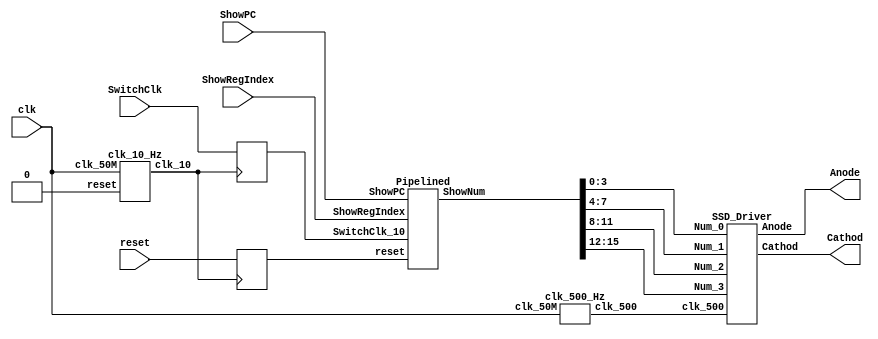
`timescale 1ns / 1ps
//////////////////////////////////////////////////////////////////////////////////
// Company: 
// Engineer: 
// 
// Design Name: 
// Module Name:    Pipelined_SSD 
// Project Name: 
// Target Devices: 
// Tool versions: 
// Description: 
//
// Dependencies: 
//
// Revision: 
// Revision 0.01 - File Created
// Additional Comments: 
//
//////////////////////////////////////////////////////////////////////////////////
module Pipelined_SSD(Cathod, Anode, clk, SwitchClk, ShowRegIndex, ShowPC, reset);
	input clk, SwitchClk, ShowPC, reset;
	input [4:0] ShowRegIndex;
	output [6:0] Cathod;
	output [3:0] Anode;
	
	wire [6:0] Cathod;
	wire [3:0] Anode;
	wire clk_10, clk_500;
	wire [31:0] ShowNum;
	reg SwitchClk_10;
	reg reset_10;
	
	clk_10_Hz M_clk_10 (clk, clk_10, 1'b0);
	clk_500_Hz M_clk_500 (clk, clk_500);
	
	always @ (posedge clk_10) begin  //synchronizer
		SwitchClk_10 <= SwitchClk;
		reset_10 <= reset;
	end
	
	Pipelined M_Pipelined(ShowNum, SwitchClk_10, ShowRegIndex, ShowPC, reset_10);
	SSD_Driver M_SSD(ShowNum[3:0], ShowNum[7:4], ShowNum[11:8], ShowNum[15:12], Cathod, Anode, clk_500);
endmodule 

//////////////////////////////////////////////////////////////////////////////////

module Pipelined(ShowNum, SwitchClk_10, ShowRegIndex, ShowPC, reset);
	input SwitchClk_10, ShowPC, reset;
	input [4:0] ShowRegIndex;
	output [31:0] ShowNum;
	//output [31:0] IFID_Instruction;
	
	wire [31:0] ShowNum, PCAddFour, Instruction, ReadData1, ReadData2, Immediate_32, ShowRegOut, WriteData;
	wire [31:0] BranchAddr, ALUResult, ReadData2toEXMEM, MemData;
	wire [27:0] JumpAddr_28; 
	wire PCWrite, BranchMuxSignal, RegWrite, MemtoReg, Branch, BranchN, MemWrite, MemRead, Jump, RegDst, ALUSrc;
	wire IFIDWrite, IDEXFlush1, Zero, IFIDFlush, IDEXFlush2, EXMEMFlush; 
	wire [1:0] ALUOp; 
	wire [4:0] RegDstAddr;
	reg [31:0] IFID_PC, IFID_Instruction, IDEX_JumpAddr, IDEX_PC, IDEX_ReadData1, IDEX_ReadData2, IDEX_Immediate_32;
	reg [31:0] EXMEM_JumpAddr, EXMEM_BranchAddr, EXMEM_ALUResult, EXMEM_ReadData2, MEMWB_MemData, MEMWB_ALUData;
	reg [1:0] IDEX_WB, EXMEM_WB, MEMWB_WB;
	reg [4:0] IDEX_MEM, IDEX_Rt, IDEX_Rd, IDEX_Rs, EXMEM_MEM, EXMEM_RegDst, MEMWB_RegDst;
	reg [3:0] IDEX_EX;
	reg EXMEM_Zero;
	
	IFStage M_IF(PCAddFour, Instruction, PCWrite, EXMEM_MEM[0], EXMEM_JumpAddr, BranchMuxSignal, EXMEM_BranchAddr, SwitchClk_10, reset);
	IDStage M_ID(JumpAddr_28, RegWrite, MemtoReg, Branch, BranchN, MemWrite, MemRead, Jump, RegDst, ALUSrc, ALUOp, ReadData1, ReadData2, Immediate_32, PCWrite, IFIDWrite, IDEXFlush1, ShowRegOut, IFID_Instruction, MEMWB_RegDst, WriteData, MEMWB_WB[1], IDEX_Rt, IDEX_MEM[1], SwitchClk_10, reset, ShowRegIndex);
	EXStage M_EX(BranchAddr, Zero, ALUResult, ReadData2toEXMEM, RegDstAddr, IDEX_PC, IDEX_ReadData1, IDEX_ReadData2, IDEX_Immediate_32, IDEX_Rt, IDEX_Rd, IDEX_Rs, WriteData, EXMEM_ALUResult, EXMEM_RegDst, EXMEM_WB[1], MEMWB_RegDst, MEMWB_WB[1], IDEX_EX);
	MEMStage M_MEM(IFIDFlush, IDEXFlush2, EXMEMFlush, MemData, BranchMuxSignal, EXMEM_MEM, EXMEM_Zero, EXMEM_ALUResult, EXMEM_ReadData2, WriteData, EXMEM_RegDst, MEMWB_WB[0], MEMWB_RegDst, SwitchClk_10, reset);
	WBStage M_WB(WriteData, MEMWB_MemData, MEMWB_ALUData, MEMWB_WB[0]);
	
	always @(posedge SwitchClk_10, posedge reset) begin
		if (reset==1) begin
			IFID_PC<=0;
			IFID_Instruction<=0;
		end
		else if (IFIDFlush==1) begin
			IFID_PC<=0;
			IFID_Instruction<=0;
		end
		else if (IFIDWrite==0) begin
			IFID_PC<=IFID_PC;
			IFID_Instruction<=IFID_Instruction;
		end
		else begin
			IFID_PC<=PCAddFour;
			IFID_Instruction<=Instruction;
		end
	end
	
	always @(posedge SwitchClk_10, posedge reset) begin
		if (reset==1) begin
			IDEX_JumpAddr<=0; 
			IDEX_PC<=0;
			IDEX_ReadData1<=0;
			IDEX_ReadData2<=0;
			IDEX_Immediate_32<=0;
			IDEX_WB<=0;
			IDEX_MEM<=0; 
			IDEX_Rt<=0; 
			IDEX_Rd<=0; 
			IDEX_Rs<=0;
			IDEX_EX<=0;
		end
		else if (IDEXFlush1==1) begin
			IDEX_JumpAddr<=0; 
			IDEX_PC<=0;
			IDEX_ReadData1<=0;
			IDEX_ReadData2<=0;
			IDEX_Immediate_32<=0;
			IDEX_WB<=0;
			IDEX_MEM<=0; 
			IDEX_Rt<=0; 
			IDEX_Rd<=0; 
			IDEX_Rs<=0;
			IDEX_EX<=0;
		end
		else if (IDEXFlush2==1) begin
			IDEX_JumpAddr<=0; 
			IDEX_PC<=0;
			IDEX_ReadData1<=0;
			IDEX_ReadData2<=0;
			IDEX_Immediate_32<=0;
			IDEX_WB<=0;
			IDEX_MEM<=0; 
			IDEX_Rt<=0; 
			IDEX_Rd<=0; 
			IDEX_Rs<=0;
			IDEX_EX<=0;
		end
		else begin
			IDEX_JumpAddr<={IFID_PC[31:20], JumpAddr_28}; 
			IDEX_PC<=IFID_PC;
			IDEX_ReadData1<=ReadData1;
			IDEX_ReadData2<=ReadData2;
			IDEX_Immediate_32<=Immediate_32;
			IDEX_WB<={RegWrite, MemtoReg};
			IDEX_MEM<={Branch, BranchN, MemWrite, MemRead, Jump}; 
			IDEX_Rt<=IFID_Instruction[20:16]; 
			IDEX_Rd<=IFID_Instruction[15:11]; 
			IDEX_Rs<=IFID_Instruction[25:21];
			IDEX_EX<={RegDst, ALUSrc, ALUOp};
		end
	end
	
	always @(posedge SwitchClk_10, posedge reset) begin
		if (reset==1) begin
			EXMEM_JumpAddr<=0; 
			EXMEM_BranchAddr<=0; 
			EXMEM_ALUResult<=0; 
			EXMEM_ReadData2<=0;
			EXMEM_WB<=0;
			EXMEM_MEM<=0; 
			EXMEM_RegDst<=0;
			EXMEM_Zero<=0;
		end
		else if (EXMEMFlush==1) begin
			EXMEM_JumpAddr<=0; 
			EXMEM_BranchAddr<=0; 
			EXMEM_ALUResult<=0; 
			EXMEM_ReadData2<=0;
			EXMEM_WB<=0;
			EXMEM_MEM<=0; 
			EXMEM_RegDst<=0;
			EXMEM_Zero<=0;
		end
		else begin
			EXMEM_JumpAddr<=IDEX_JumpAddr;
			EXMEM_BranchAddr<=BranchAddr; 
			EXMEM_ALUResult<=ALUResult;
			EXMEM_ReadData2<=ReadData2toEXMEM;
			EXMEM_WB<=IDEX_WB;
			EXMEM_MEM<=IDEX_MEM; 
			EXMEM_RegDst<=RegDstAddr;
			EXMEM_Zero<=Zero; 
		end
	end
	
	always @(posedge SwitchClk_10, posedge reset) begin
		if (reset==1) begin
			MEMWB_MemData<=0;
			MEMWB_ALUData<=0;
			MEMWB_WB<=0;
			MEMWB_RegDst<=0;
		end
		else begin
			MEMWB_MemData<=MemData;
			MEMWB_ALUData<=EXMEM_ALUResult;
			MEMWB_WB<=EXMEM_WB;
			MEMWB_RegDst<=EXMEM_RegDst;
		end
	end
	
	ChooseOutput M_Output(ShowNum, PCAddFour-4, ShowRegOut, ShowPC);
endmodule

/////////////////////////////////////////////////////////////////////////////
//*************************************************************************//
/////////////////////////////////////////////////////////////////////////////

module IFStage(PCAddFour, Instruction, PCWrite, Jump, JumpAddress, Branch, BranchAddress, clock, reset);
	input PCWrite, Jump, Branch, clock, reset;
	input [31:0] JumpAddress, BranchAddress;
	output [31:0] PCAddFour, Instruction;
	
	wire [31:0] PCAddFour, Instruction, PCIn, BranchOut;
	reg [31:0] PCOut=0; 
	
	always @(posedge clock, posedge reset) begin
		if(reset==1) PCOut<=0;
		else if(PCWrite==0) PCOut<=PCOut;
		else PCOut<=PCIn;
	end
	
	InstructionMemory M_Imemory(Instruction, PCOut);
	AddFour M_AddFour(PCAddFour, PCOut);
	Mux_32bit_2to1 M_Mux_Branch(BranchOut, PCAddFour, BranchAddress, Branch);
	Mux_32bit_2to1 M_Mux_Jump(PCIn, BranchOut, JumpAddress, Jump);
endmodule

/////////////////////////////////////////////////////////////////////////////

module IDStage(JumpAddr_28, RegWrite, MemtoReg, Branch, BranchN, MemWrite, MemRead, Jump, RegDst, ALUSrc, ALUOp, ReadData1, ReadData2, Immediate_32, PCWrite, IFID_Write, IDEX_Flush1, ShowRegOut, Instruction, WriteReg, WriteData, MEMWB_RegWrite, IDEX_Rt, IDEX_MemRead, clock, reset, ShowRegIndex);
	input MEMWB_RegWrite, IDEX_MemRead, clock, reset;
	input [31:0] Instruction, WriteData;
	input [4:0] IDEX_Rt, WriteReg, ShowRegIndex;
	output [27:0] JumpAddr_28;
	output RegWrite, MemtoReg, Branch, BranchN, MemWrite, MemRead, Jump, RegDst, ALUSrc, PCWrite, IFID_Write, IDEX_Flush1;
	output [1:0] ALUOp;
	output [31:0] ReadData1, ReadData2, Immediate_32, ShowRegOut;
	
	wire [27:0] JumpAddr_28;
	wire RegWrite, MemtoReg, Branch, BranchN, MemWrite, MemRead, Jump, RegDst, ALUSrc, PCWrite, IFID_Write, IDEX_Flush1, Andi;
	wire [1:0] ALUOp;
	wire [31:0] ReadData1, ReadData2, Immediate_32, ShowRegOut, Immediate_Zero, Immediate_Sign;
	
	RegisterFile M_RegFile(ReadData1,ReadData2,ShowRegOut,Instruction[25:21],Instruction[20:16],WriteReg,WriteData,MEMWB_RegWrite,clock,ShowRegIndex, reset);
	Control M_Control(RegDst, Jump, Branch, BranchN, MemRead, MemtoReg, ALUOp, MemWrite, ALUSrc, RegWrite, Andi, Instruction[31:26]);
	ZeroExtend M_ZeroExtend(Immediate_Zero, Instruction[15:0]);
	SignExtend M_SignExtend(Immediate_Sign, Instruction[15:0]);
	Mux_32bit_2to1 M_Mux_Addi(Immediate_32, Immediate_Sign, Immediate_Zero, Andi);
	ShiftLeftTwo_26to28 M_Shift_Jump(JumpAddr_28, Instruction[25:0]);
	LoadUseHazardDetectionUnit M_LoadUse(PCWrite, IFID_Write, IDEX_Flush1, Instruction[31:26], Instruction[25:21], Instruction[20:16], IDEX_MemRead, IDEX_Rt);
endmodule

/////////////////////////////////////////////////////////////////////////////

module EXStage(BranchAddr, Zero, ALUResult, ReadData2, RegDst, IDEX_PC, IDEX_ReadData1, IDEX_ReadData2, IDEX_Immediate_32, IDEX_Rt, IDEX_Rd, IDEX_Rs, WriteData, EXMEM_ALUResult, EXMEM_RegDst, EXMEM_RegWrite, MEMWB_RegDst, MEMWB_RegWrite, IDEX_EX);
	input [31:0] IDEX_PC, IDEX_ReadData1, IDEX_ReadData2, IDEX_Immediate_32, WriteData, EXMEM_ALUResult;
	input [4:0] IDEX_Rt, IDEX_Rd, IDEX_Rs, EXMEM_RegDst, MEMWB_RegDst;
	input [3:0] IDEX_EX;
	input EXMEM_RegWrite, MEMWB_RegWrite;
	output [31:0] BranchAddr, ALUResult, ReadData2;
	output Zero;
	output [4:0] RegDst;
	
	wire [31:0] BranchAddr, ALUResult, ReadData2, BranchOffset, ALUInput1, ALUInput2;
	wire Zero;
	wire [4:0] RegDst;
	wire [1:0] ForwardA, ForwardB;
	wire [3:0] ALUControlSignal;
	
	Mux_5bit_2to1 M_Mux_RegDst(RegDst, IDEX_Rt, IDEX_Rd, IDEX_EX[3]);
	ForwardingUnit M_Forward(ForwardA, ForwardB, IDEX_Rs, IDEX_Rt, EXMEM_RegDst, EXMEM_RegWrite, MEMWB_RegDst, MEMWB_RegWrite);
	Alucontrol M_Alucontrol(ALUControlSignal,IDEX_EX[1:0],IDEX_Immediate_32[5:0]);
	ShiftLeftTwo_32to32 M_Shift_Immediate(BranchOffset, IDEX_Immediate_32);
	Adder_32bit M_Adder(BranchAddr, IDEX_PC, BranchOffset);
	Mux_32bit_3to1 M_Mux_ForwardA(ALUInput1, IDEX_ReadData1, WriteData, EXMEM_ALUResult, ForwardA);
	Mux_32bit_3to1 M_Mux_ForwardB(ReadData2, IDEX_ReadData2, WriteData, EXMEM_ALUResult, ForwardB);
	Mux_32bit_2to1 M_Mux_ALUSrc(ALUInput2, IDEX_Immediate_32, ReadData2, IDEX_EX[2]);
	ALU M_ALU(ALUResult,Zero,ALUControlSignal,ALUInput1,ALUInput2);
endmodule

/////////////////////////////////////////////////////////////////////////////

module MEMStage(IFIDFlush, IDEXFlush2, EXMEMFlush, MemData, BranchMuxSignal, EXMEM_MEM, EXMEM_Zero, EXMEM_ALUResult, EXMEM_ReadData2, WriteData, EXMEM_RegDst, MEMWB_MemtoReg, MEMWB_RegDst, clock, reset);
	input [4:0] EXMEM_MEM;
	input EXMEM_Zero, MEMWB_MemtoReg, clock, reset;
	input [31:0] EXMEM_ALUResult, EXMEM_ReadData2, WriteData;
	input [4:0] EXMEM_RegDst, MEMWB_RegDst;
	output IFIDFlush, IDEXFlush2, EXMEMFlush, BranchMuxSignal;
	output [31:0] MemData;
	
	wire IFIDFlush, IDEXFlush2, EXMEMFlush, ForwardC;
	wire [31:0] MemData, MemWriteData;
	
	BrenchDetection M_BranchDetection(BranchMuxSignal, EXMEM_MEM[4], EXMEM_MEM[3], EXMEM_Zero);
	ControlHazardDetectionUnit M_ControlHazard(IFIDFlush, IDEXFlush2, EXMEMFlush, BranchMuxSignal, EXMEM_MEM[0]);
	LoadStoreHazardDetectionUnit M_LoadStore(ForwardC, EXMEM_MEM[2], EXMEM_RegDst, MEMWB_MemtoReg, MEMWB_RegDst);
	Mux_32bit_2to1 M_Mux_WriteData(MemWriteData, EXMEM_ReadData2, WriteData, ForwardC);
	DataMemory M_Dmemory(MemData, EXMEM_ALUResult, MemWriteData, EXMEM_MEM[2], EXMEM_MEM[1], clock, reset);
endmodule

/////////////////////////////////////////////////////////////////////////////

module WBStage(WriteData, MEMWB_MemData, MEMWB_ALUData, MEMWB_MemtoReg);
	input [31:0] MEMWB_MemData, MEMWB_ALUData;
	input MEMWB_MemtoReg;
	output [31:0] WriteData;
	
	wire [31:0] WriteData;
	
	Mux_32bit_2to1 M_Mux_WriteData(WriteData, MEMWB_ALUData, MEMWB_MemData, MEMWB_MemtoReg);
endmodule

/////////////////////////////////////////////////////////////////////////////
//*************************************************************************//
/////////////////////////////////////////////////////////////////////////////

module RegisterFile(rddata1,rddata2,ShowRegOut, rdreg1,rdreg2,wrtreg,wrtdata,RegWrite,clock,ShowRegIndex, reset);
	input [4:0] rdreg1,rdreg2,wrtreg;
	input [31:0] wrtdata;
	input RegWrite, clock, reset;
	input [4:0] ShowRegIndex;
	output [31:0] rddata1,rddata2;
	output [31:0] ShowRegOut;

	reg [31:0] rddata1,rddata2;
	reg [31:0] RegFile [31:0];
	reg [31:0] ShowRegOut;
	//reg [5:0] i; 
	integer i;

	always @(negedge clock, posedge reset) begin
		if (reset==1) begin
			for(i=0; i<32; i=i+1) 
				RegFile[i]=0;
		end
		else if (RegWrite) RegFile[wrtreg] = wrtdata;
	end
	always @(rdreg1, rdreg2, RegFile[rdreg1], RegFile[rdreg2]) begin
		//if (reset==0) begin
			rddata1 = RegFile[rdreg1]; 
			rddata2 = RegFile[rdreg2];
		//end
	end
	always @(ShowRegIndex, RegFile[ShowRegIndex]) begin
		ShowRegOut=RegFile[ShowRegIndex];
	end
endmodule

///////////////////////////////////////////////////////////////////////////////////

module ShiftLeftTwo_26to28(Q, I);
	input [25:0] I;
	output [27:0] Q;

	reg [27:0] Q;

	always @ (I)
	begin
		Q[27:2] = I[25:0];
		Q[1:0] = 2'b00;
	end
endmodule

////////////////////////////////////////////////////////////////////////////////////

module ShiftLeftTwo_32to32(Q, I);
	input [31:0] I;
	output [31:0] Q;

	reg [31:0] Q;

	always @ (I)
	begin
		Q[31:2] = I[29:0];
		Q[1:0] = 'b0;
	end
endmodule


////////////////////////////////////////////////////////////////////////////////////

module ALU(Alurlt,zero,Aluctrl,I1,I2);
	input [31:0] I1,I2;
	input [3:0] Aluctrl;
	output [31:0] Alurlt;
	output zero;

	reg [31:0] Alurlt;
	reg zero;

	always @ (I1 or I2 or Aluctrl)
	begin
		if(Aluctrl==4'b0010) Alurlt = I1 + I2;
		else if(Aluctrl==4'b0110) Alurlt=I1-I2;
		else if(Aluctrl==4'b0000) Alurlt = I1 & I2; 
		else if(Aluctrl==4'b0001) Alurlt = I1 | I2; 
		else begin
			if(I1<I2) Alurlt=1;
			else Alurlt=0;
		end
		if (I1==I2) zero=1;
		else zero=0;
	end
endmodule

////////////////////////////////////////////////////////////////////////////////////

module Alucontrol(Aluctrl,Aluop,funct);
	input [5:0] funct;
	input [1:0] Aluop;
	output [3:0] Aluctrl;

	reg [3:0] Aluctrl;

	always @ (Aluop or funct)
	begin
		if(Aluop==2'b00) Aluctrl=4'b0010;
		else if(Aluop==2'b01) Aluctrl=4'b0110;
		else if(Aluop==2'b11) Aluctrl=4'b0000;
		else if(Aluop==2'b10 && funct==6'b100000) Aluctrl=4'b0010;
		else if(Aluop==2'b10 && funct==6'b100010) Aluctrl=4'b0110;
		else if(Aluop==2'b10 && funct==6'b100100) Aluctrl=4'b0000;
		else if(Aluop==2'b10 && funct==6'b100101) Aluctrl=4'b0001;
		else if(Aluop==2'b10 && funct==6'b101010) Aluctrl=4'b0111;
	end
endmodule

////////////////////////////////////////////////////////////////////////////////////

module ZeroExtend(Q, I);
	input [15:0] I;
	output [31:0] Q;

	reg [31:0] Q;

	always @ (I)
	begin
		Q[15:0] = I[15:0];
		Q[31:16] = 16'b0;
	end
endmodule

////////////////////////////////////////////////////////////////////////////////////

module SignExtend(Q, I);
	input [15:0] I;
	output [31:0] Q;

	reg [31:0] Q;

	always @ (I)
	begin
		Q[15:0] = I[15:0];
		Q[31:16] = {16{I[15]}};
	end
endmodule

///////////////////////////////////////////////////////////////////////////////////

module AddFour(Q, I);
	input [31:0] I;
	output [31:0] Q;

	reg [31:0] Q;

	always @ (I) begin
		Q=I+4;
	end
endmodule

///////////////////////////////////////////////////////////////////////////////////

module Adder_32bit(Q, I1, I2);
	input [31:0] I1;
	input [31:0] I2;
	output [31:0] Q;

	reg [31:0] Q;

	always @(I1, I2) begin
		Q=I1+I2;
	end
endmodule

////////////////////////////////////////////////////////////////////////////////////

module Mux_32bit_2to1(Q, I1, I2, s);
// output is I1 if s==0, otherwise I2. 
	input [31:0] I1;
	input [31:0] I2;
	input s;
	output [31:0] Q;

	reg [31:0] Q;

	always @(I1, I2, s) begin
		if (s==0) Q=I1;
		else Q=I2;
	end
endmodule

////////////////////////////////////////////////////////////////////////////////////

module Mux_32bit_3to1(Q, I0, I1, I2, s);
	input [31:0] I0, I1, I2;
	input [1:0] s;
	output [31:0] Q;
	
	reg [31:0] Q; 
	
	always @(I0, I1, I2, s) begin
		if (s==0) Q=I0;
		else if (s==1) Q=I1;
		else Q=I2;
	end
endmodule

////////////////////////////////////////////////////////////////////////////////////

module Mux_5bit_2to1(Q, I1, I2, s);
// output is I1 if s==0, otherwise I2. 
	input [4:0] I1;
	input [4:0] I2;
	input s;
	output [4:0] Q;

	reg [4:0] Q;

	always @(I1, I2, s) begin
		if (s==0) Q=I1;
		else Q=I2;
	end
endmodule

/////////////////////////////////////////////////////////////////////////////////////

module Control(RegDst, Jump, Branch, BranchN, MemRead, MemtoReg, ALUOp, MemWrite, ALUSrc, RegWrite, Andi, I);
	input [5:0] I;
	output RegDst, Jump, Branch, BranchN, MemRead, MemtoReg, MemWrite, ALUSrc, RegWrite, Andi;
	output [1:0] ALUOp;

	reg RegDst, Jump, Branch, BranchN, MemRead, MemtoReg, MemWrite, ALUSrc, RegWrite, Andi;
	reg [1:0] ALUOp;

	always @(I) begin
		if (I==0) RegDst=1;
		else RegDst=0;
		if (I==2) Jump=1;
		else Jump=0;
		if (I==4) Branch=1;
		else Branch=0;
		if (I==5) BranchN=1;
		else BranchN=0;
		if (I==6'h23) MemRead=1;
		else MemRead=0;
		if (I==6'h23) MemtoReg=1;
		else MemtoReg=0;
		if (I==6'h23 || I==6'h2b || I==8) ALUOp=0;
		else if (I==4 || I==5) ALUOp=1;
		else if (I==6'h0c) ALUOp=3;
		else ALUOp=2;
		if (I==6'h2b) MemWrite=1;
		else MemWrite=0;
		if (I==0 || I==4 || I==5) ALUSrc=1;
		else ALUSrc=0;
		if (I==4 || I==5 || I==2 || I==6'h2b) RegWrite=0;
		else RegWrite=1;
		if (I==6'h0c) Andi=1;
		else Andi=0;
	end
endmodule

///////////////////////////////////////////////////////////////////////////////////

module InstructionMemory(Instruction, ReadAddress);
	input [31:0] ReadAddress;
	output [31:0] Instruction;

	reg [31:0] Instruction;
	reg [31:0] Imemory [31:0];

	initial begin
		/*Imemory[0] = 32'b00100000000010000000000000100000; //addi $t0, $zero, 32
		Imemory[1] = 32'b00100000000010010000000000110111; //addi $t1, $zero, 55
		Imemory[2] = 32'b00000001000010011000000000100100; //and $s0, $t0, $t1
		Imemory[3] = 32'b00000001000010011000000000100101; //or $s0, $t0, $t1
		Imemory[4] = 32'b10101100000100000000000000000100; //sw $s0, 4($zero)
		Imemory[5] = 32'b10101100000010000000000000001000; //sw $t0, 8($zero)
		Imemory[6] = 32'b00000001000010011000100000100000; //add $s1, $t0, $t1
		Imemory[7] = 32'b00000001000010011001000000100010; //sub $s2, $t0, $t1
		Imemory[8] = 32'b00010010001100100000000000001001; //beq $s1, $s2, error0
		Imemory[9] = 32'b10001100000100010000000000000100; //lw $s1, 4($zero)
		Imemory[10]= 32'b00110010001100100000000001001000; //andi $s2, $s1, 72
		Imemory[11] =32'b00010010001100100000000000001001; //beq $s1, $s2, error1
		Imemory[12] =32'b10001100000100110000000000001000; //lw $s3, 8($zero)
		Imemory[13] =32'b00010010000100110000000000001010; //beq $s0, $s3, error2
		Imemory[14] =32'b00000010010100011010000000101010; //slt $s4, $s2, $s1 (Last)
		Imemory[15] =32'b00010010100000000000000000001111; //beq $s4, $0, EXIT
		Imemory[16] =32'b00000010001000001001000000100000; //add $s2, $s1, $0
		Imemory[17] =32'b00001000000000000000000000001110; //j Last
		Imemory[18] =32'b00100000000010000000000000000000; //addi $t0, $0, 0(error0)
		Imemory[19] =32'b00100000000010010000000000000000; //addi $t1, $0, 0
		Imemory[20] =32'b00001000000000000000000000011111; //j EXIT
		Imemory[21] =32'b00100000000010000000000000000001; //addi $t0, $0, 1(error1)
		Imemory[22] =32'b00100000000010010000000000000001; //addi $t1, $0, 1
		Imemory[23] =32'b00001000000000000000000000011111; //j EXIT
		Imemory[24] =32'b00100000000010000000000000000010; //addi $t0, $0, 2(error2)
		Imemory[25] =32'b00100000000010010000000000000010; //addi $t1, $0, 2
		Imemory[26] =32'b00001000000000000000000000011111; //j EXIT
		Imemory[27] =32'b00100000000010000000000000000011; //addi $t0, $0, 3(error3)
		Imemory[28] =32'b00100000000010010000000000000011; //addi $t1, $0, 3
		Imemory[29] =32'b00001000000000000000000000011111; //j EXIT
		Imemory[30] =32'b00000000000000000000000000000000;
		Imemory[31] =32'b00000000000000000000000000000000;*/
		
		Imemory[0]= 32'b00100010010100100000000000001011;    
		Imemory[1]= 32'b00100001010010100000000000001010;   
		Imemory[2]= 32'b00100001100011000000000000001010;   
		Imemory[3]= 32'b00100001101011010000000000001010;    
		Imemory[4]= 32'b00000001101011000101000000100010;	
		Imemory[5]= 32'b00000001010100010110000000100100;   
		Imemory[6]= 32'b00000010010010100111000000100101;   
		Imemory[7]= 32'b00000001010010100111100000100000;  
		Imemory[8]= 32'b10101101010011010000000000000100;   
		Imemory[9]= 32'b00000001101011100110100000100000;    
		Imemory[10]=32'b00000001101011100110100000100000;    
		Imemory[11]=32'b00000001101011100110100000100000;  
		Imemory[12]=32'b10001101010011000000000000000100;           
		Imemory[13]=32'b00000001100011100111100000100100;       
		Imemory[14]=32'b00010001100011110000000000000001;         
		Imemory[15]=32'b00000001101011100110100000100000;         
		Imemory[16]=32'b00000001101010100110100000100000;
		Imemory[17] =32'b00001000000000000000000000001110; //j Last
		Imemory[18] =32'b00100000000010000000000000000000; //addi $t0, $0, 0(error0)
		Imemory[19] =32'b00100000000010010000000000000000; //addi $t1, $0, 0
		Imemory[20] =32'b00001000000000000000000000011111; //j EXIT
		Imemory[21] =32'b00100000000010000000000000000001; //addi $t0, $0, 1(error1)
		Imemory[22] =32'b00100000000010010000000000000001; //addi $t1, $0, 1
		Imemory[23] =32'b00001000000000000000000000011111; //j EXIT
		Imemory[24] =32'b00100000000010000000000000000010; //addi $t0, $0, 2(error2)
		Imemory[25] =32'b00100000000010010000000000000010; //addi $t1, $0, 2
		Imemory[26] =32'b00001000000000000000000000011111; //j EXIT
		Imemory[27] =32'b00100000000010000000000000000011; //addi $t0, $0, 3(error3)
		Imemory[28] =32'b00100000000010010000000000000011; //addi $t1, $0, 3
		Imemory[29] =32'b00001000000000000000000000011111; //j EXIT
		Imemory[30] =32'b00000000000000000000000000000000;
		Imemory[31] =32'b00000000000000000000000000000000;
	end

	always @(ReadAddress or Imemory[ReadAddress[31:2]]) Instruction=Imemory[ReadAddress[31:2]];

endmodule

/////////////////////////////////////////////////////////////////////////////////////

module DataMemory(ReadData, Address, WriteData, MemWrite, MemRead, clock, reset);
	input [31:0] Address, WriteData;
	input MemWrite, MemRead, clock, reset;
	output [31:0] ReadData;

	reg [31:0] ReadData;
	reg [31:0] Dmemory [31:0];
	integer i;

	always @(Address[31:2], MemRead, Dmemory[Address[31:2]]) begin
		if (MemRead) ReadData=Dmemory[Address[31:2]];
	end
	always @(negedge clock, posedge reset) begin
		if (reset) begin
			for(i=0; i<32; i=i+1) 
				Dmemory[i]=0;
		end
		else if (MemWrite) Dmemory[Address[31:2]]=WriteData;
	end

endmodule

//////////////////////////////////////////////////////////////////////////////////////

module BrenchDetection(BranchMuxSignal, Branch, BranchN, Zero);
	input Branch, BranchN, Zero;
	output BranchMuxSignal;

	reg BranchMuxSignal;

	always @(Branch, BranchN, Zero) begin
		if (Branch && Zero || BranchN && ~Zero) BranchMuxSignal=1;
		else BranchMuxSignal=0;
	end
endmodule

/////////////////////////////////////////////////////////////////////////////////////

module ForwardingUnit(ForwardA, ForwardB, IDEX_Rs, IDEX_Rt, EXMEM_RegDst, EXMEM_RegWrite, MEMWB_RegDst, MEMWB_RegWrite);
	input [4:0] IDEX_Rs, IDEX_Rt, EXMEM_RegDst, MEMWB_RegDst;
	input EXMEM_RegWrite, MEMWB_RegWrite;
	output [1:0] ForwardA, ForwardB;
	
	reg [1:0] ForwardA, ForwardB;
	
	always @(IDEX_Rs, IDEX_Rt, EXMEM_RegDst, EXMEM_RegWrite, MEMWB_RegDst, MEMWB_RegWrite) begin
		if (EXMEM_RegWrite==1 && EXMEM_RegDst!=0 && (EXMEM_RegDst==IDEX_Rs)) ForwardA=2'b10;
		else if (MEMWB_RegWrite==1 && MEMWB_RegDst!=0 && (MEMWB_RegDst==IDEX_Rs)) ForwardA=2'b01;
		else ForwardA=2'b00;
		if (EXMEM_RegWrite==1 && EXMEM_RegDst!=0 && (EXMEM_RegDst==IDEX_Rt)) ForwardB=2'b10;
		else if (MEMWB_RegWrite==1 && MEMWB_RegDst!=0 && (MEMWB_RegDst==IDEX_Rt)) ForwardB=2'b01;
		else ForwardB=2'b00;
	end
endmodule

/////////////////////////////////////////////////////////////////////////////////////

module ChooseOutput(ShowNum, PCOut, ShowRegOut, ShowPC);
	input [31:0] PCOut, ShowRegOut;
	input ShowPC;
	output [31:0] ShowNum;
	
	reg [31:0] ShowNum;
	
	always @(PCOut, ShowRegOut, ShowPC) begin
		if (ShowPC) ShowNum=PCOut;
		else ShowNum=ShowRegOut;
	end
endmodule

//////////////////////////////////////////////////////////////////////////////////////

module LoadUseHazardDetectionUnit(PCWrite, IFID_Write, IDEX_Flush1, IFID_Opcode, IFID_Rs, IFID_Rt, IDEX_MemRead, IDEX_Rt);
	input [5:0] IFID_Opcode;
	input [4:0] IFID_Rs, IFID_Rt, IDEX_Rt;
	input IDEX_MemRead;
	output PCWrite, IFID_Write, IDEX_Flush1;
	
	reg PCWrite, IFID_Write, IDEX_Flush1;
	
	always @(IFID_Opcode, IFID_Rs, IFID_Rt, IDEX_MemRead, IDEX_Rt) begin
		if ((IFID_Opcode!=2 && IDEX_MemRead==1 && IFID_Rs==IDEX_Rt) || ((IFID_Opcode==0 || IFID_Opcode==4 || IFID_Opcode==5) && IDEX_MemRead==1 && IFID_Rt==IDEX_Rt)) begin
			PCWrite=0; IFID_Write=0; IDEX_Flush1=1;
		end
		else begin
			PCWrite=1; IFID_Write=1; IDEX_Flush1=0; 
		end
	end
endmodule

//////////////////////////////////////////////////////////////////////////////////////

module ControlHazardDetectionUnit(IFIDFlush, IDEXFlush2, EXMEMFlush, Branch, Jump);
	input Branch, Jump;
	output IFIDFlush, IDEXFlush2, EXMEMFlush;
	
	reg IFIDFlush, IDEXFlush2, EXMEMFlush;
	
	always @(Branch, Jump) begin
		if (Branch==1 || Jump==1) begin
			IFIDFlush=1;
			IDEXFlush2=1;
			EXMEMFlush=1;
		end
		else begin
			IFIDFlush=0;
			IDEXFlush2=0;
			EXMEMFlush=0;
		end
	end
endmodule

//////////////////////////////////////////////////////////////////////////////////////

module LoadStoreHazardDetectionUnit(ForwardC, EXMEM_MemWrite, EXMEM_RegDst, MEMWB_MemtoReg, MEMWB_RegDst);
	input EXMEM_MemWrite, MEMWB_MemtoReg;
	input [4:0] EXMEM_RegDst, MEMWB_RegDst;
	output ForwardC;
	
	reg ForwardC;
	
	always @(EXMEM_MemWrite, EXMEM_RegDst, MEMWB_MemtoReg, MEMWB_RegDst) begin
		if(EXMEM_MemWrite==1 && MEMWB_MemtoReg==1 && EXMEM_RegDst==MEMWB_RegDst) ForwardC=1;
		else ForwardC=0;
	end
endmodule

//////////////////////////////////////////////////////////////////////////////////////

module SSD_Driver (Num_0, Num_1, Num_2, Num_3, Cathod, Anode, clk_500);
	input [3:0] Num_0, Num_1, Num_2, Num_3;
	input clk_500;
	output [6:0] Cathod;
	output [3:0] Anode;
	reg [6:0] Cathod;
	reg [3:0] Anode;
	reg [1:0] digit=0;
	
	always @ (posedge clk_500)
	begin
		case(digit)
			2'b00: digit<=2'b01;
			2'b01: digit<=2'b10;
			2'b10: digit<=2'b11;
			2'b11: digit<=2'b00;
		endcase
	end
	always @(digit, Num_0, Num_1, Num_2, Num_3)
	begin 
		case (digit)
			2'b00: begin 
				Anode <= 4'b1110; 
				//dot <= 1;
				case (Num_0)
					4'b0000: Cathod <= 7'b0000001; 
					4'b0001: Cathod <= 7'b1001111;
					4'b0010: Cathod <= 7'b0010010;
					4'b0011: Cathod <= 7'b0000110;
					4'b0100: Cathod <= 7'b1001100;
					4'b0101: Cathod <= 7'b0100100;
					4'b0110: Cathod <= 7'b0100000;
					4'b0111: Cathod <= 7'b0001111;
					4'b1000: Cathod <= 7'b0000000;
					4'b1001: Cathod <= 7'b0000100;
					4'b1010: Cathod <= 7'b0001000;
					4'b1011: Cathod <= 7'b1100000;
					4'b1100: Cathod <= 7'b0110001;
					4'b1101: Cathod <= 7'b1000010;
					4'b1110: Cathod <= 7'b0110000;
					default: Cathod <= 7'b0111000;
				endcase end
			2'b01: begin 
				Anode <= 4'b1101;
				//dot <= 1; 
				case (Num_1)
					4'b0000: Cathod <= 7'b0000001; 
					4'b0001: Cathod <= 7'b1001111;
					4'b0010: Cathod <= 7'b0010010;
					4'b0011: Cathod <= 7'b0000110;
					4'b0100: Cathod <= 7'b1001100;
					4'b0101: Cathod <= 7'b0100100;
					4'b0110: Cathod <= 7'b0100000;
					4'b0111: Cathod <= 7'b0001111;
					4'b1000: Cathod <= 7'b0000000;
					4'b1001: Cathod <= 7'b0000100;
					4'b1010: Cathod <= 7'b0001000;
					4'b1011: Cathod <= 7'b1100000;
					4'b1100: Cathod <= 7'b0110001;
					4'b1101: Cathod <= 7'b1000010;
					4'b1110: Cathod <= 7'b0110000;
					default: Cathod <= 7'b0111000;
				endcase end
			2'b10: begin 
				Anode <= 4'b1011;
				//dot <= 0; 
				case (Num_2)
					4'b0000: Cathod <= 7'b0000001; 
					4'b0001: Cathod <= 7'b1001111;
					4'b0010: Cathod <= 7'b0010010;
					4'b0011: Cathod <= 7'b0000110;
					4'b0100: Cathod <= 7'b1001100;
					4'b0101: Cathod <= 7'b0100100;
					4'b0110: Cathod <= 7'b0100000;
					4'b0111: Cathod <= 7'b0001111;
					4'b1000: Cathod <= 7'b0000000;
					4'b1001: Cathod <= 7'b0000100;
					4'b1010: Cathod <= 7'b0001000;
					4'b1011: Cathod <= 7'b1100000;
					4'b1100: Cathod <= 7'b0110001;
					4'b1101: Cathod <= 7'b1000010;
					4'b1110: Cathod <= 7'b0110000;
					default: Cathod <= 7'b0111000;
				endcase end
			2'b11: begin 
				Anode <= 4'b0111;
				//dot <= 1; 
				case (Num_3)
					4'b0000: Cathod <= 7'b0000001; 
					4'b0001: Cathod <= 7'b1001111;
					4'b0010: Cathod <= 7'b0010010;
					4'b0011: Cathod <= 7'b0000110;
					4'b0100: Cathod <= 7'b1001100;
					4'b0101: Cathod <= 7'b0100100;
					4'b0110: Cathod <= 7'b0100000;
					4'b0111: Cathod <= 7'b0001111;
					4'b1000: Cathod <= 7'b0000000;
					4'b1001: Cathod <= 7'b0000100;
					4'b1010: Cathod <= 7'b0001000;
					4'b1011: Cathod <= 7'b1100000;
					4'b1100: Cathod <= 7'b0110001;
					4'b1101: Cathod <= 7'b1000010;
					4'b1110: Cathod <= 7'b0110000;
					default: Cathod <= 7'b0111000;
				endcase end
		endcase
	end
endmodule

//////////////////////////////////////////////////////////////////////////

module clk_500_Hz(clk_50M, clk_500);
	input clk_50M;
	output clk_500;
	reg clk_500;
	reg[16:0] counter=0;
	always @ (posedge clk_50M)
	begin
		if (counter < 100000-1) begin
			counter<=counter+1;
			clk_500<=0;
		end else
		begin
			counter<=0;
			clk_500<=1;
		end
	end
endmodule

/////////////////////////////////////////////////////////////////////////////

module clk_10_Hz(clk_50M, clk_10, reset);
	input clk_50M, reset;
	output clk_10;
	reg clk_10;
	reg[22:0] counter=0;
	always @ (posedge clk_50M)
	begin
		if (reset==1) begin
			counter<=0;
			clk_10<=0;
		end else
		if (counter < 5000000-1) begin
			counter<=counter+1;
			clk_10<=0;
		end else
		begin
			counter<=0;
			clk_10<=1;
		end
	end
endmodule